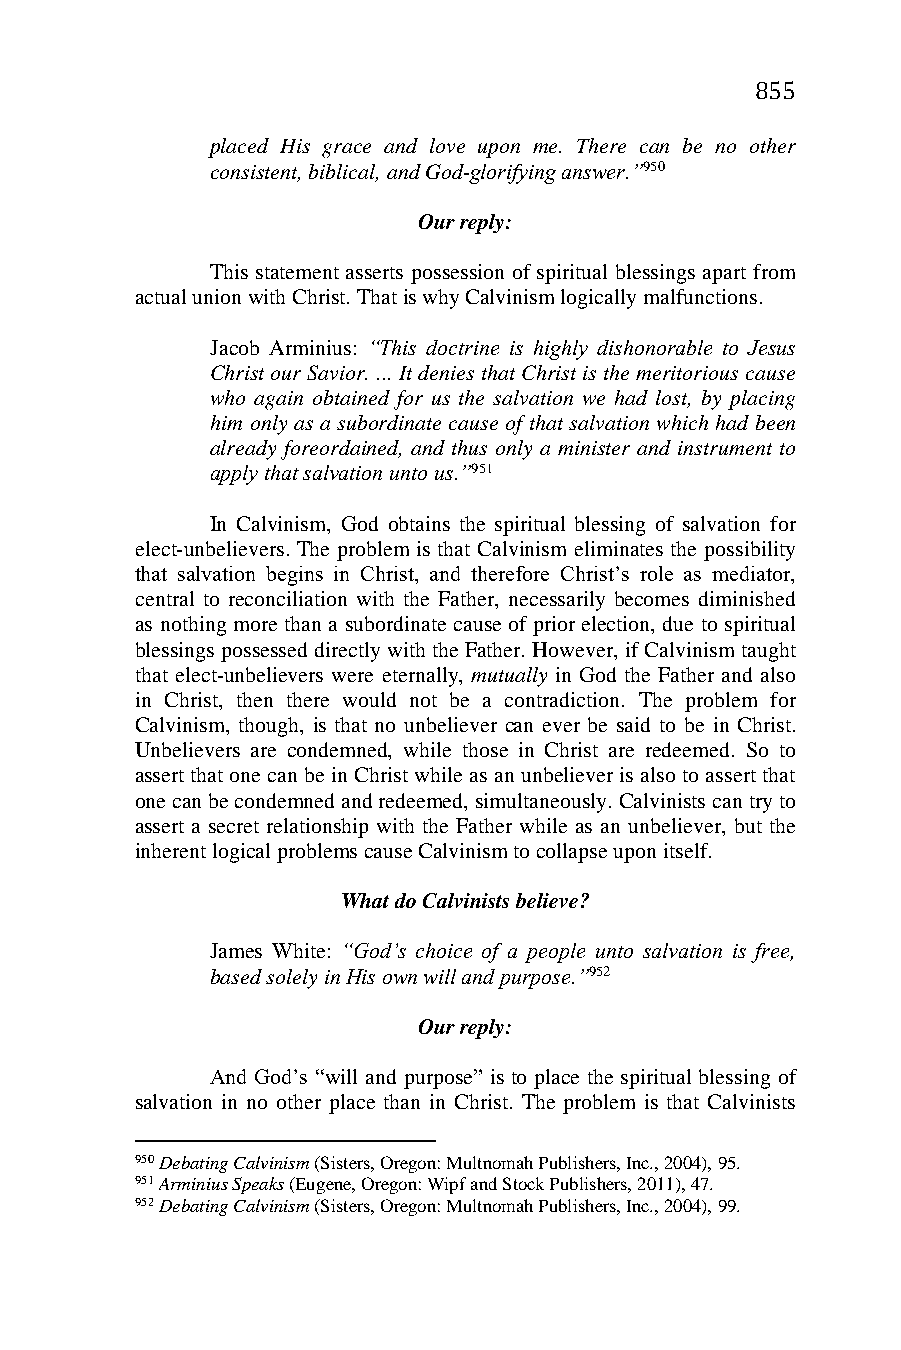
855
 placed His grace and love upon me. There can be no other
 consistent, biblical, and God-glorifying answer.”950
 Our reply:
 This statement asserts possession of spiritual blessings apart from
 actual union with Christ. That is why Calvinism logically malfunctions.
 Jacob Arminius: “This doctrine is highly dishonorable to Jesus
 Christ our Savior. ... It denies that Christ is the meritorious cause
 who again obtained for us the salvation we had lost, by placing
 him only as a subordinate cause of that salvation which had been
 already foreordained, and thus only a minister and instrument to
 apply that salvation unto us.”951
 In Calvinism, God obtains the spiritual blessing of salvation for
 elect-unbelievers. The problem is that Calvinism eliminates the possibility
 that salvation begins in Christ, and therefore Christ’s role as mediator,
 central to reconciliation with the Father, necessarily becomes diminished
 as nothing more than a subordinate cause of prior election, due to spiritual
 blessings possessed directly with the Father. However, if Calvinism taught
 that elect-unbelievers were eternally, mutually in God the Father and also
 in Christ, then there would not be a contradiction. The problem for
 Calvinism, though, is that no unbeliever can ever be said to be in Christ.
 Unbelievers are condemned, while those in Christ are redeemed. So to
 assert that one can be in Christ while as an unbeliever is also to assert that
 one can be condemned and redeemed, simultaneously. Calvinists can try to
 assert a secret relationship with the Father while as an unbeliever, but the
 inherent logical problems cause Calvinism to collapse upon itself.
 What do Calvinists believe?
 James White: “God’s choice of a people unto salvation is free,
 based solely in His own will and purpose.”952
 Our reply:
 And God’s “will and purpose” is to place the spiritual blessing of
 salvation in no other place than in Christ. The problem is that Calvinists
 950 Debating Calvinism (Sisters, Oregon: Multnomah Publishers, Inc., 2004), 95.
 951 Arminius Speaks (Eugene, Oregon: Wipf and Stock Publishers, 2011), 47.
 952 Debating Calvinism (Sisters, Oregon: Multnomah Publishers, Inc., 2004), 99.